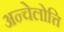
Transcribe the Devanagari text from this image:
अन्चेलोत्ति